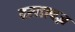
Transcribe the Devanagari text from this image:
दस्तावज़